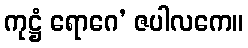
ကုဋ္ဌံ ရောဂေ’ ဇပါလကေ။